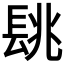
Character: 𨱵